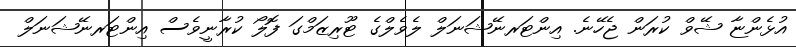
އުޅެންޏާ ޝޭވް ކުރަން ޖެހޭނެ. އިންޓަރނޭޝަނަލް ލެވެލްގެ ޓޫރިޒަމްގަ ފޮލޯ ކުރާނީވެސް އިންޓަރނޭޝަނަލް